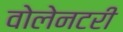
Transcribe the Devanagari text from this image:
वोलेनटरी